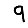
Digit: 9